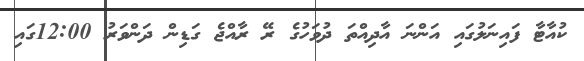
ކުއާޓާ ފައިނަލުގައި އަންނަ އާދިއްތަ ދުވަހުގެ ރޭ ރާއްޖެ ގަޑިން ދަންވަރު 12:00ގައި